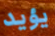
يؤيد